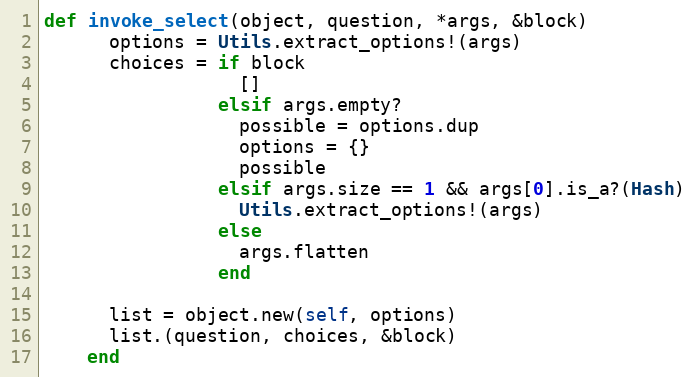
Language: Ruby
def invoke_select(object, question, *args, &block)
      options = Utils.extract_options!(args)
      choices = if block
                  []
                elsif args.empty?
                  possible = options.dup
                  options = {}
                  possible
                elsif args.size == 1 && args[0].is_a?(Hash)
                  Utils.extract_options!(args)
                else
                  args.flatten
                end

      list = object.new(self, options)
      list.(question, choices, &block)
    end